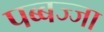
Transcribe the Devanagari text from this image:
पब्बज्जा